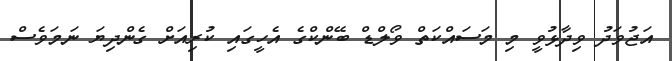
އަޖުވަދު ވިދާޅުވީ މި މަސައްކަތް ވޯލްޑް ބޭންކްގެ އެހީގައި ކުރިއަށް ގެންދިޔަ ނަމަވެސް